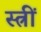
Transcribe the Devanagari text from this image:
स्त्रीं